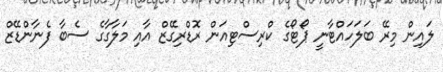
ލައިން މިރޭ ބަލަހައްޓާނީ ޕޯޓޯގެ ކްރިސްޓިއަން ރޮޑްރިގޭޒް އާއި މަލާގާގެ ސެބާ ފެނާންޑޭޒް